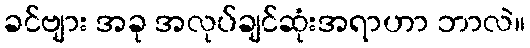
ခင်ဗျား အခု အလုပ်ချင်ဆုံးအရာဟာ ဘာလဲ။